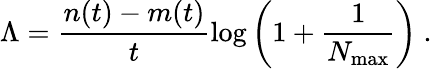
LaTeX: \Lambda=\frac{n(t)-m(t)}{t}\log\left(1+\frac{1}{N_{\operatorname*{max}}}\right)\ .